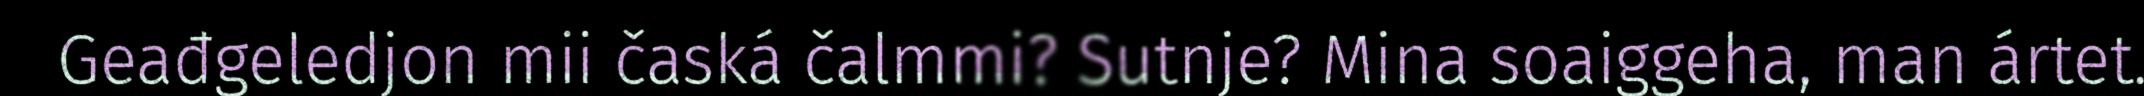
Geađgeledjon mii časká čalmmi? Sutnje? Mina soaiggeha, man ártet.